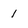
Character: 1